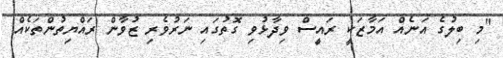
"މި ބިލުގެ އަނެއް އަމާޒަކީ ރައީސް ވިދާޅުވި ގޮތުގައި ނަރުވެރި ޒުވާން ރައްޔިތުންތަކެއް